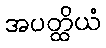
အပတ္ထိယံ